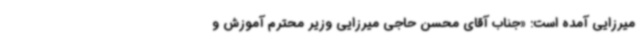
میرزایی آمده است: «جناب آقای محسن حاجی میرزایی وزیر محترم آموزش و